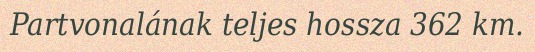
Partvonalának teljes hossza 362 km.